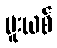
မူးယစ်